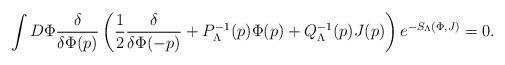
LaTeX: \begin{align*}\int D\Phi \frac{\delta}{\delta \Phi(p)} \left( \frac{1}{2} \frac{\delta}{\delta \Phi(-p)} + P_{\Lambda}^{-1}(p) \Phi(p) + Q_{\Lambda}^{-1}(p) J(p) \right) e^{-S_{\Lambda}(\Phi,J)} = 0.\end{align*}